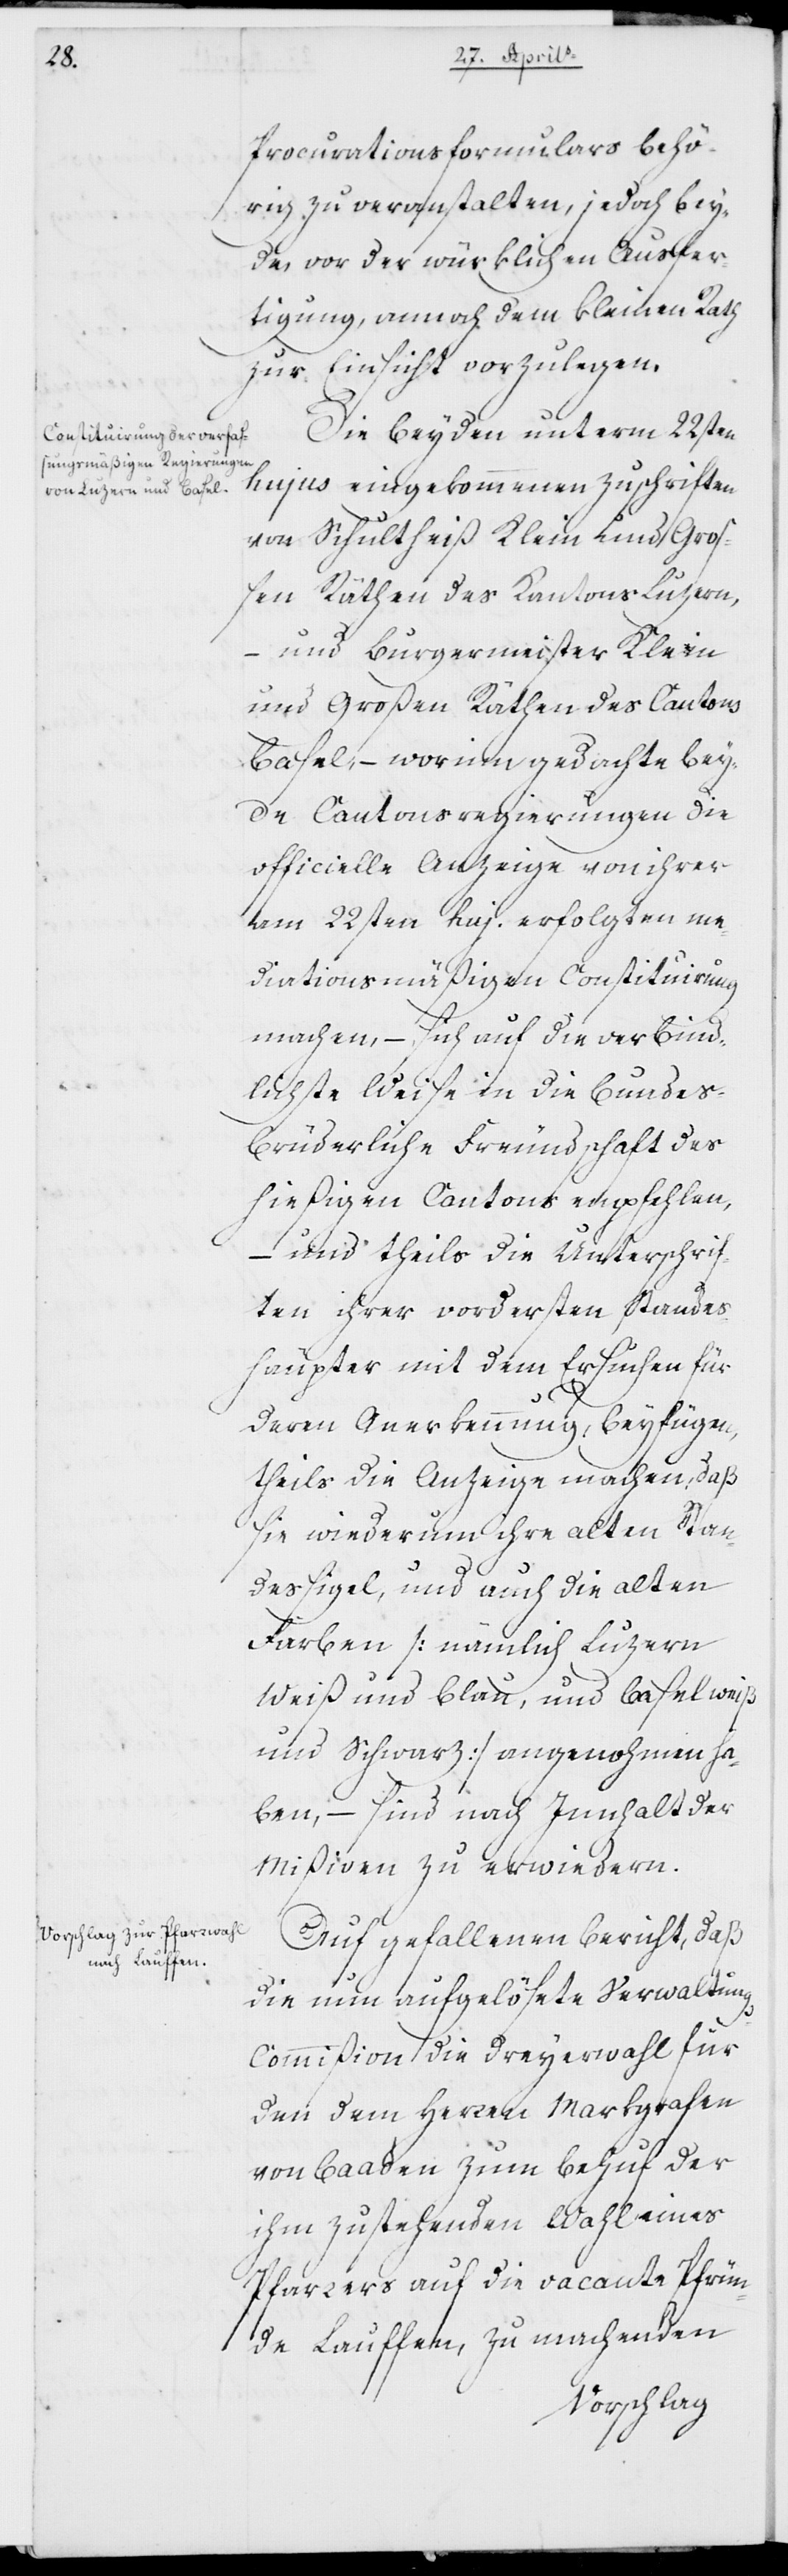
Procurationsformulars behö¬
rig zu veranstalten, jedoch bey¬
de, vor der würklichen Ausfer¬
tigung, annoch dem Kleinen Rath
zur Einsicht vorzulegen.
Die beyden unterm 22ten
hujus eingekommenen Zuschriften
von Schultheiß Klein und Groß¬
en Räthen des Kantons Luzern,
– und Burgermeister Klein
und Großen Räthen des Kantons
Basel, – worinn gedachte bey¬
de Cantonsregierungen die
offizielle Anzeige von ihrer
am 22sten hujus erfolgten me¬
diationsmäßigen Constituierung
machen, – sich auf die verbind¬
lichste Weise in die bundes¬
brüderliche Freundschaft des
hießigen Kantons empfehlen,
– und theils die Unterschrif¬
ten ihrer vordersten Standes¬
häupter mit dem Ersuchen für
deren Anerkennung beyfügen,
theils die Anzeige machen, daß
sie wiederum ihre alten Stan¬
dessigel, und auch die alten
Farben (nämmlich Luzern
weiß und blau, und Basel weiß
und schwarz) angenohmen ha¬
ben, – sind nach Innhalt der
Mißiven zu erwidern.
Auf gefallenen Bericht, daß
die nun aufgelöste Verwaltung¬
s-Commißion die Dreyerwahl für
den dem Herren Markgrafen
von Baaden zum Behuf der
ihm zustehenden Wahl eines
Pfarrers auf die vacante Pfrün¬
de Lauffen, zu machenden